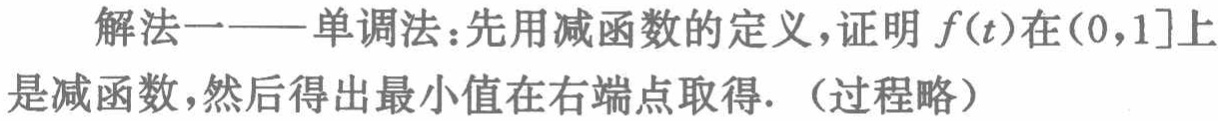
解法一——单调法：先用减函数的定义，证明 \(f(t)\)在\((0,1]\)上是减函数，然后得出最小值在右端点取得.（过程略）